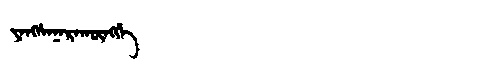
Manchu: ᠶᠠᠩᠰᠠᠨᠠᡵᠠᡴᡡᠩᡤᡝ
Romanization: YANGSANARAKŪNGGE